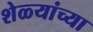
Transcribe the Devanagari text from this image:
शेळ्यांच्या